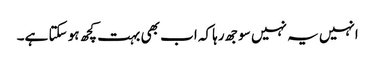
انہیں یہ نہیں سوجھ رہا کہ اب بھی بہت کچھ ہو سکتا ہے۔